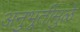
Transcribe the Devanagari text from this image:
अनुभूतींमुळे